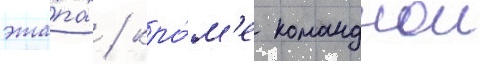
эта́пах / кро́м'е команднои